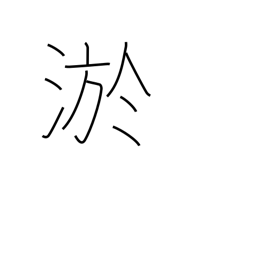
Meaning: silt